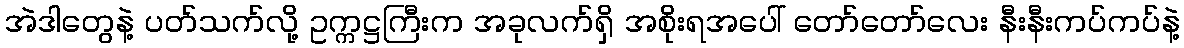
အဲဒါတွေနဲ့ ပတ်သက်လို့ ဥက္ကဋ္ဌကြီးက အခုလက်ရှိ အစိုးရအပေါ် တော်တော်လေး နီးနီးကပ်ကပ်နဲ့